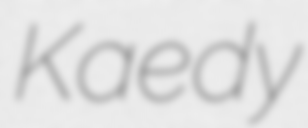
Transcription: Kaedy